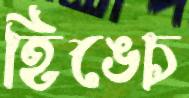
হিঙ্চে